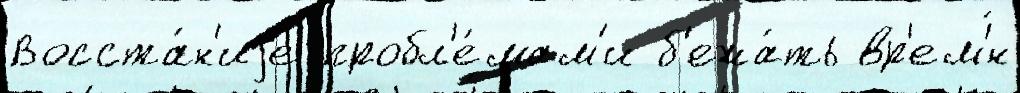
Восста́н'иjе пробл'е́мам'и б'ежа́ть вр'ем'́н